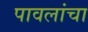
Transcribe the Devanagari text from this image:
पावलांचा